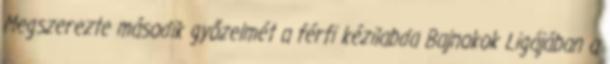
Megszerezte második győzelmét a férfi kézilabda Bajnokok Ligájában a